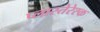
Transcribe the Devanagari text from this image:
प्लास्तेरेस्क